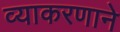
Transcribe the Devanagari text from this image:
व्याकरणाने